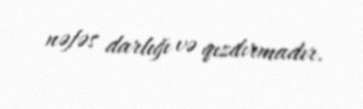
nəfəs darlığı və qızdırmadır.